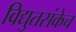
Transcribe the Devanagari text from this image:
विद्युतसंकेच